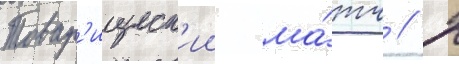
Товар'ищеск'ии ма́тч // 2